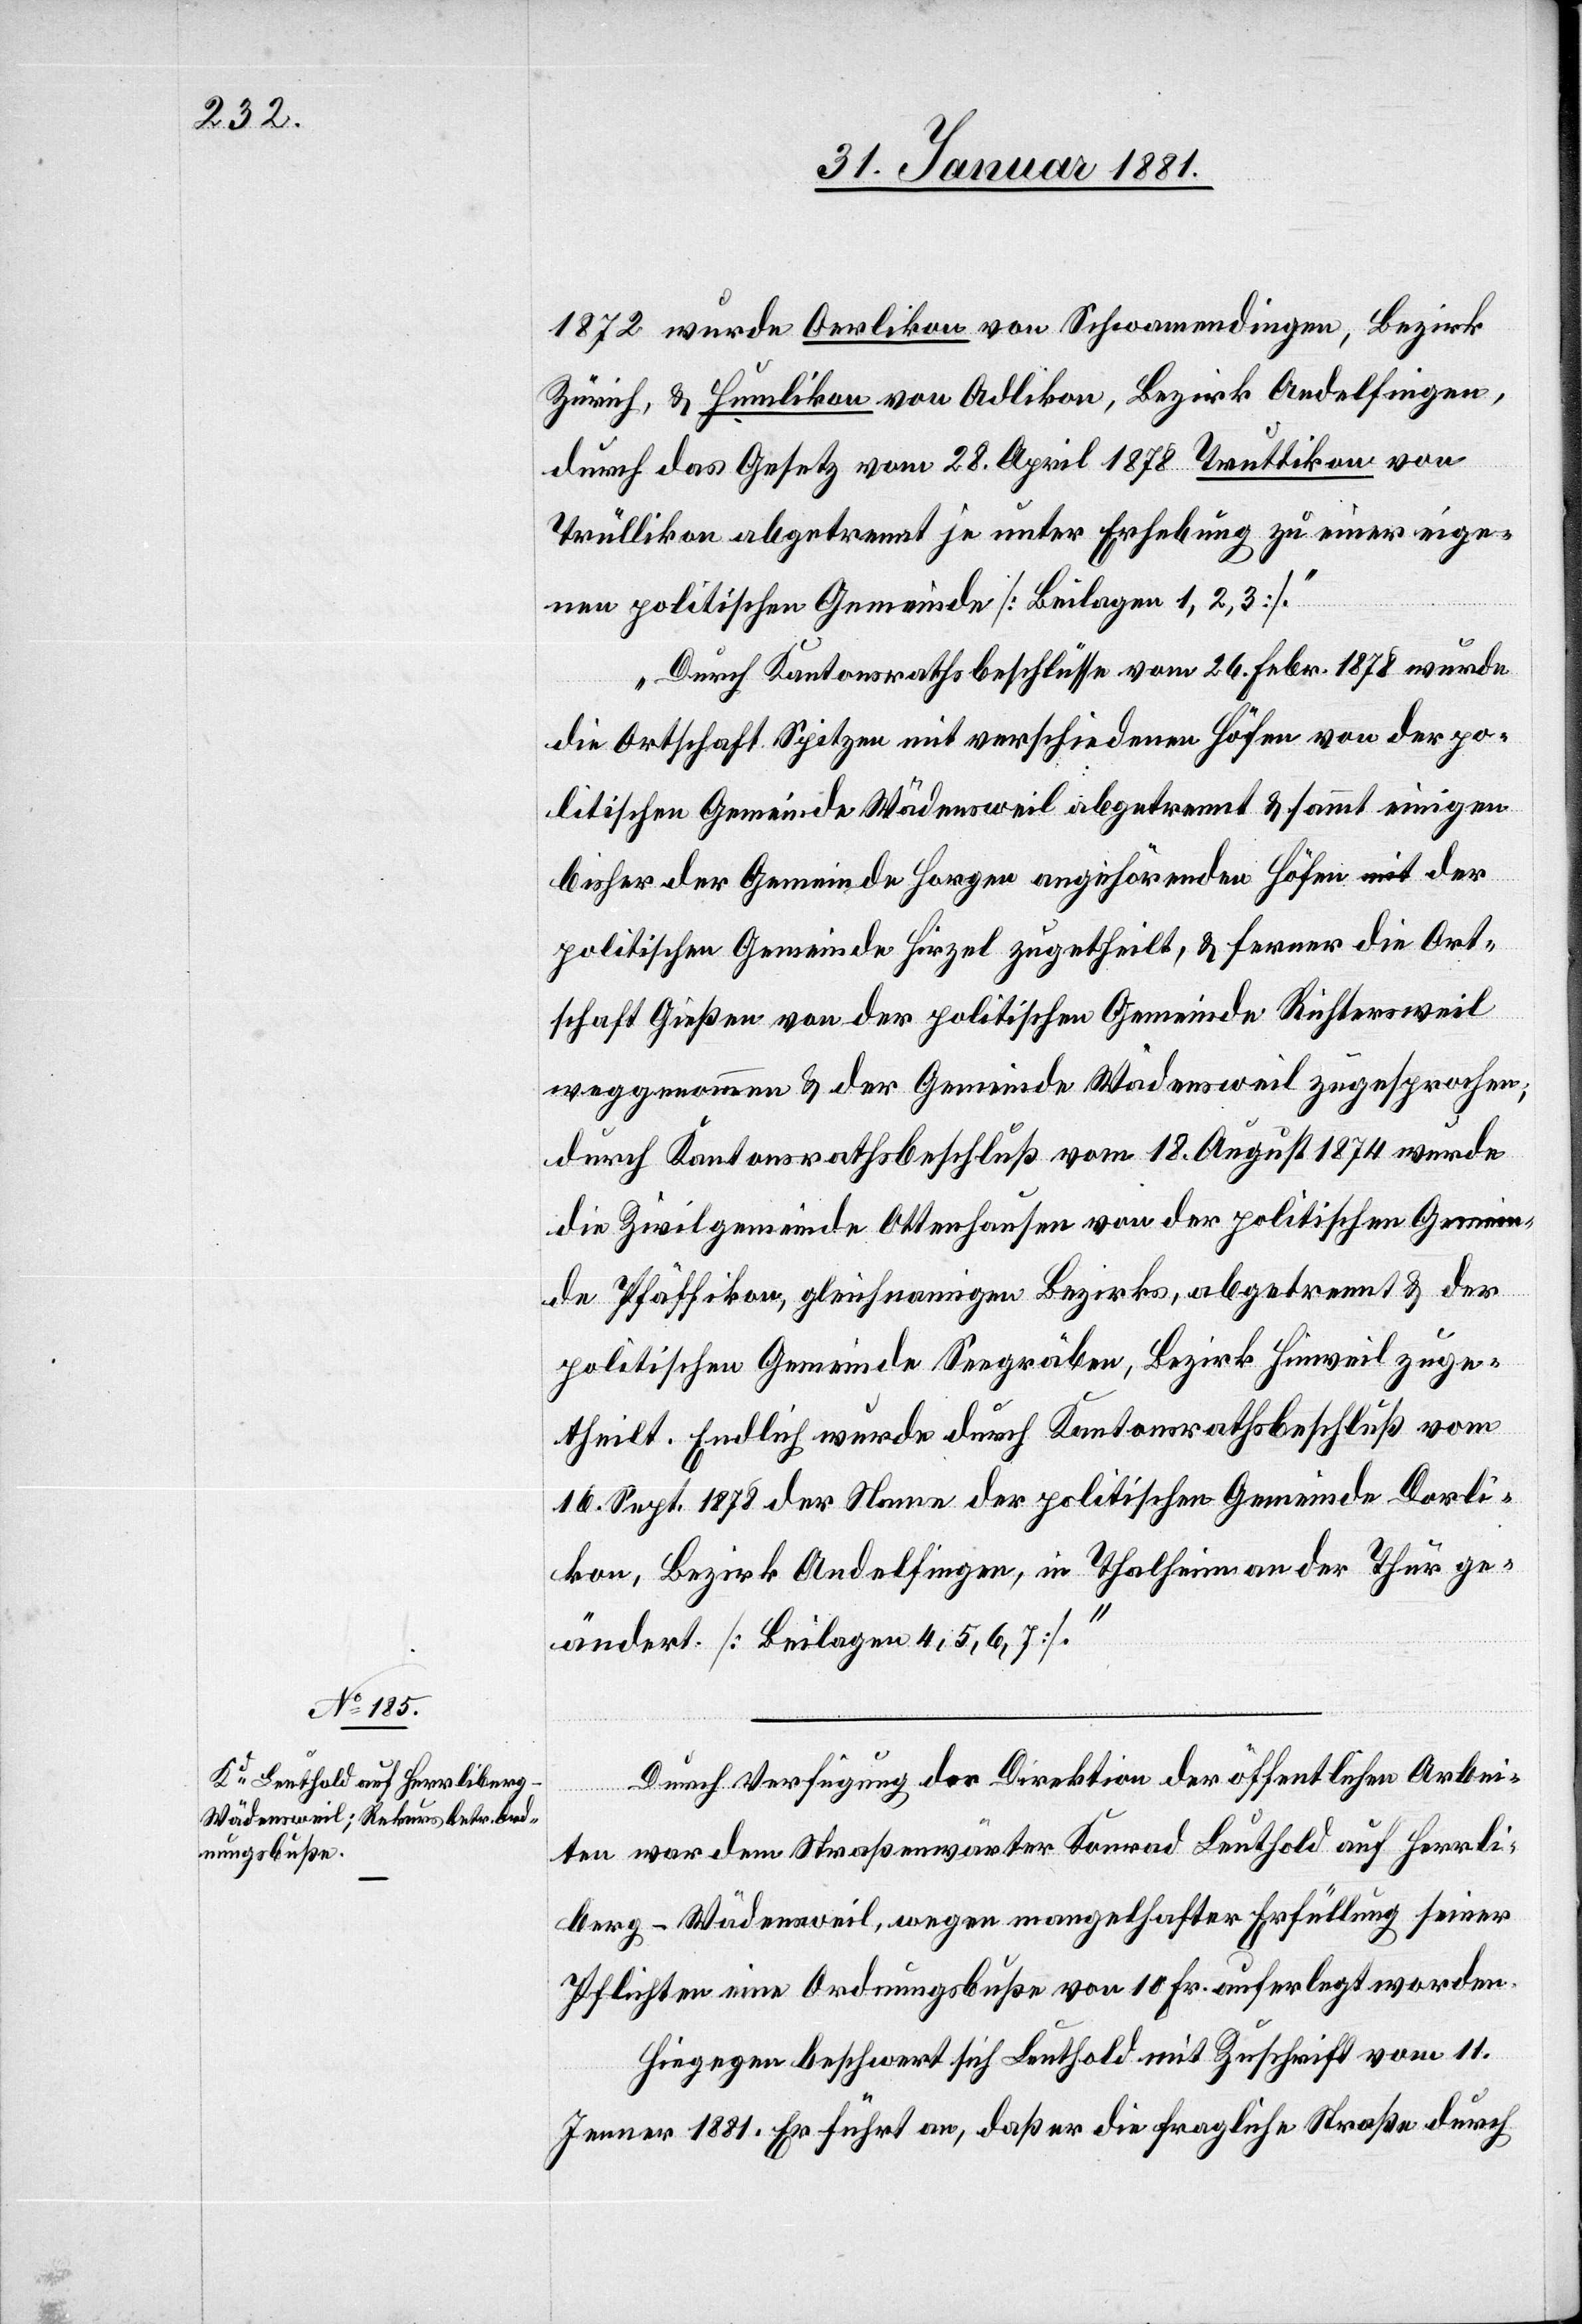
1872 wurde Oerlikon von Schwamendingen, Bezirk
Zürich, & Humlikon von Adlikon, Bezirk Andelfingen,
durch das Gesetz vom 28. April 1878 Truttikon von
Trüllikon abgetrennt je unter Erhebung zu einer eige¬
nen politischen Gemeinde [Beilagen 1, 2, 3].“
„Durch Kantonsrathsbeschlüsse vom 26. Febr. 1878 wurde
die Ortschaft Spitzen mit verschiedenen Höfen von der po¬
litischen Gemeinde Wädensweil abgetrennt & sammt einigen
bisher der Gemeinde Horgen angehörenden Höfen der
politischen Gemeinde Hirzel zugetheilt, & ferner die Ort¬
schaft Gießen von der politischen Gemeinde Richtersweil
weggenommen & der Gemeinde Wädensweil zugesprochen,
durch Kantonsrathsbeschluß vom 18. August 1874 wurde
die Zivilgemeinde Ottenhausen von der politischen Gemein¬
de Pfäffikon, gleichnamigen Bezirks, abgetrennt & der
politischen Gemeinde Seegräben, Bezirk Hinweil zuge¬
theilt. Endlich wurde durch Kantonsrathsbeschluß vom
16. Sept. 1878 der Name der politischen Gemeinde Dorli¬
kon, Bezirk Andelfingen, in Thalheim an der Thur ge¬
ändert [Beilagen 4, 5, 6 ,7].“
Durch Verfügung der Direktion der öffentlichen Arbei¬
ten war dem Straßenwärter Konrad Leuthold auf Herrli¬
berg - Wädensweil, wegen mangelhafter Erfüllung seiner
Pflichten eine Ordnungsbuße von 10 Fr. auferlegt worden.
Hiegegen beschwert sich Leuthold mit Zuschrift vom 11.
Jenner 1881. Er führt an, daß er die fragliche Straße durch